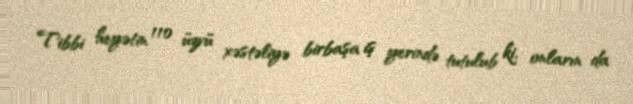
Tibbi heyətin 110 üzvü xəstəliyə birbaşa iş yerində tutulub ki, onların da